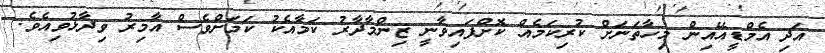
އަދި އެމްޑީއޭއިން މިހާތަނަށް ކުރިކަމެއް ކޮށްފައިވާނީ ޒިންމާދާރު ކަމާއެކު ކަމަށްވެސް އާމިރު ވިދާޅުވިއެވެ.